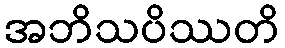
အဘိသပိဿတိ